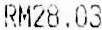
RM28.03